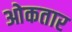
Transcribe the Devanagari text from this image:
ओकतार